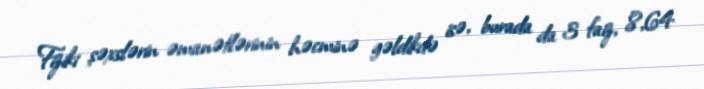
Fiziki şəxslərin əmanətlərinin həcminə gəldikdə isə, burada da 3 faiz, 8,64